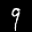
Label: 9